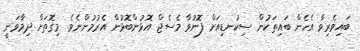
ބައިވެރިވާ އެހެން ބައިތަކުން ސިކުނޑިއަށް ފޮނުވާ މެސެޖް އޮޅުންބޮޅުން އެރުމުންނެވެ. މިގޮތަށް ދިމާވަނީ